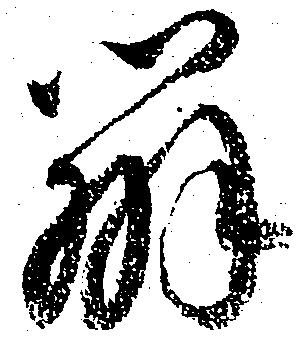
弁